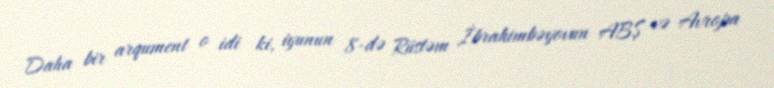
Daha bir arqument o idi ki, iyunun 8-də Rüstəm İbrahimbəyovun ABŞ və Avropa